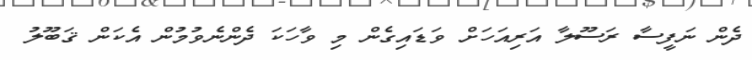
ދެން ނަފީސާ ރަސޫލާ އަރިއަހަށް ވަޑައިގެން މި ވާހަކަ ދެންނެވުމުން އެކަން ޤަބޫލު